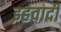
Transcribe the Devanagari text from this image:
इहवादी